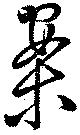
案